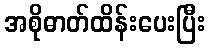
အစိုဓာတ်ထိန်းပေးပြီး